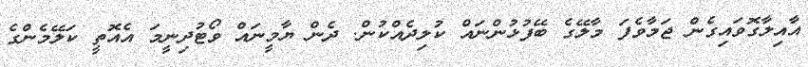
އާއިލާގޮވައިގެން ޖަމާވެފަ މާލޭގެ ބޭފުޅުންނައް ކުލިދެއްކުން. ދެން ޔާމީނައް ވޯޓުދިނީމަ އެއޮތީ ކަލޭމެންގެ